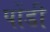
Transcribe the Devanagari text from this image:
पोंडी